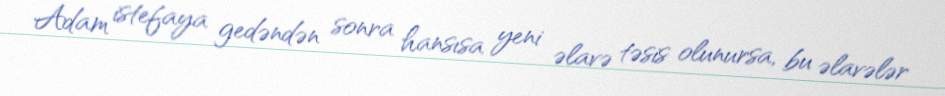
Adam istefaya gedəndən sonra hansısa yeni əlavə təsis olunursa, bu əlavələr